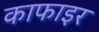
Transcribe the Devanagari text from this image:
काफाइर